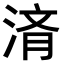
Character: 𬈀